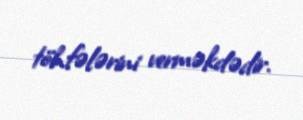
töhfələrini verməkdədir.